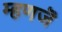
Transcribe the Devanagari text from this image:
म्हणजॆ